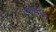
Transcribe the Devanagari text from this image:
५एकड़